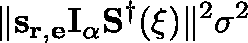
\| \mathbf { s } _ { \mathbf { r } , \mathbf { e } } \mathbf { I } _ { \alpha } \mathbf { S } ^ { \dagger } ( \mathbf { \xi } ) \| ^ { 2 } \sigma ^ { 2 }